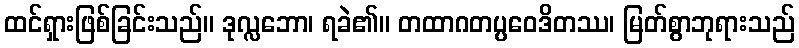
ထင်ရှားဖြစ်ခြင်းသည်။ ဒုလ္လဘော၊ ရခဲ၏။ တထာဂတပ္ပဝေဒိတဿ၊ မြတ်စွာဘုရားသည်